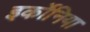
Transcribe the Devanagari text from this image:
इर्कोनिया